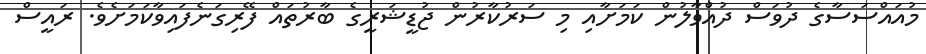
މުއައްސަސާގެ ދުވަސް ދުއްވާލުން ކަމަށާއި މި ސަރުކާރުން ޖުޑީޝަރީގެ ބާރުތައް ފޭރިގަނެފައިވާކަމަށެވެ. ރައީސް